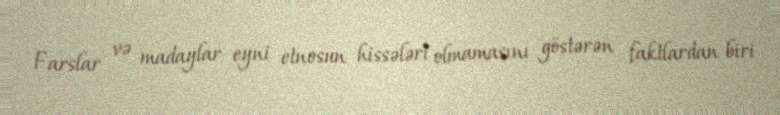
Farslar və madaylar eyni etnosun hissələri olmamasını göstərən faktlardan biri